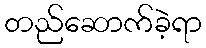
တည်ဆောက်ခဲ့ရာ